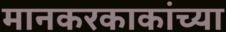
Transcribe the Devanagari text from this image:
मानकरकाकांच्या